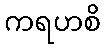
ကရဟစိ